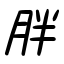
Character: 胖